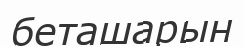
беташарын